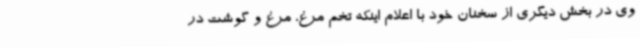
وی در بخش دیگری از سخنان خود با اعلام اینکه تخم مرغ، مرغ و گوشت در